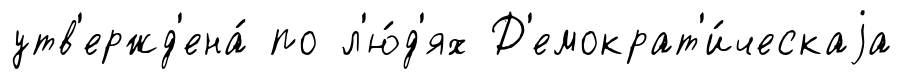
утв'ержд'ена́ по л'ю́д'ях Д'емократ'и́ческаjа